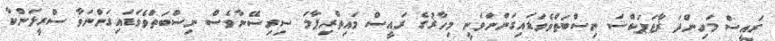
ރައީސް މަހިންދަ ޜާޖަޕަކްސަ ނިސްބަތްވެވަޑައިގަންނަވަނީ މިހާޜުގެ ރައީސް މައިތްރިޕާލަ ސިރިސޭނާވެސް ނިސްބަތްވެވަޑައިގަންނަވާ ސްރީލަންކާ